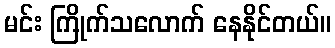
မင်း ကြိုက်သလောက် နေနိုင်တယ်။